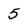
Character: 5